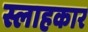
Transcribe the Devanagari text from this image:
स्लाहकार